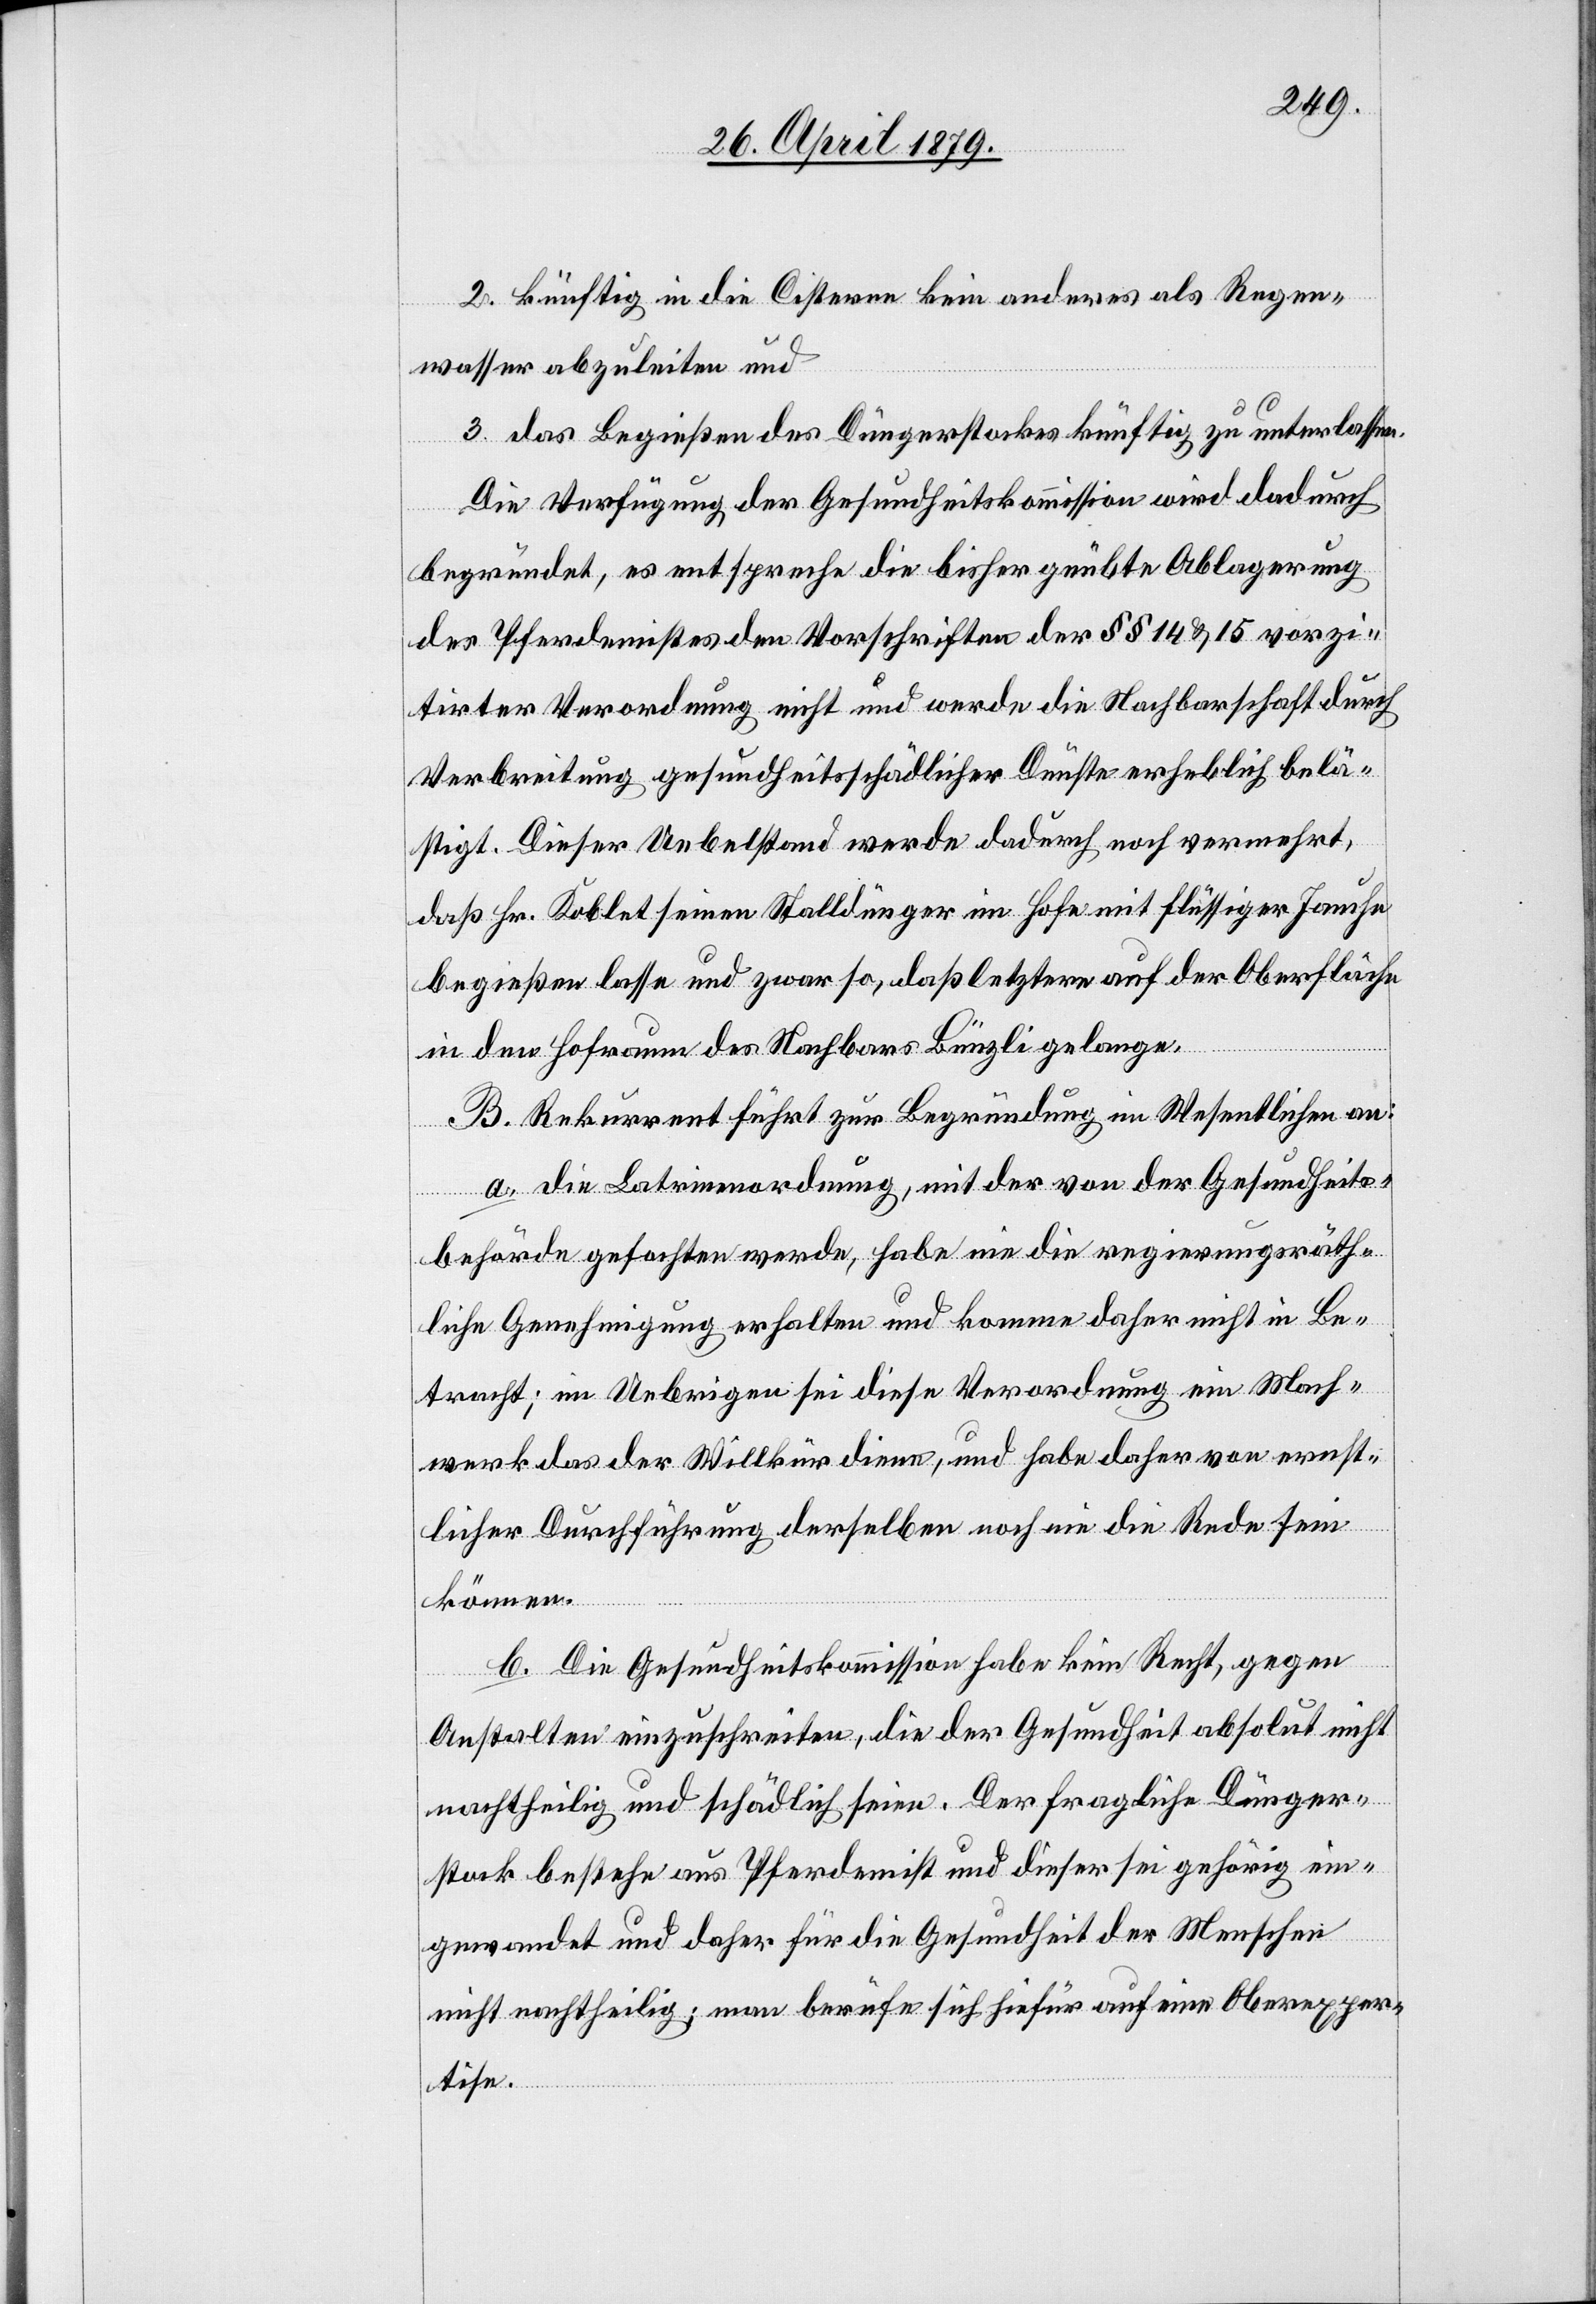
2. künftig in die Cisterne kein anderes als Regen¬
wasser abzuleiten und
3. das Begießen des Düngerstockes künftig zu unterlassen.
Die Verfügung der Gesundheitskommission wird dadurch
begründet, es entspreche die bisher geübte Ablagerung
des Pferdemistes den Vorschriften der §§ 14 & 15 vor zi¬
tirter Verordnung nicht und werde die Nachbarschaft durch
Verbreitung gesundheitsschädlicher Dünste erheblich belä¬
stigt. Dieser Uebelstand werde dadurch noch vermehrt,
daß Hr. Koblet seinen Stalldünger im Hofe mit flüssiger Jauche
begießen lasse und zwar so, daß letztere auf der Oberfläche
in den Hofraum des Nachbars Bünzli gelange.
B. Rekurrent führt zur Begründung im Wesentlichen an:
a. Die Latrinenordnung, mit der von der Gesundheits¬
behörde gefochten werde, habe nie die regierungsräth¬
liche Genehmigung erhalten und komme daher nicht in Be¬
tracht; im Uebrigen sei diese Verordnung ein Mach¬
werk das der Willkür diene, und habe daher von ernst¬
licher Durchführung derselben noch nie die Rede sein
können.
b. Die Gesundheitskommission habe kein Recht, gegen
Anstalten einzuschreiten, die der Gesundheit absolut nicht
nachtheilig und schädlich seien. Der fragliche Dünger¬
stock bestehe aus Pferdemist und dieser sei gehörig ein¬
gewandet und daher für die Gesundheit der Menschen
nicht nachtheilig; man berufe sich hiefür auf eine Oberexper¬
tise.